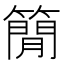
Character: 𥳑